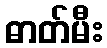
ဓာတ်မီး